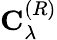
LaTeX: \mathbf{C}_{\lambda}^{(R)}